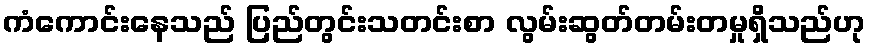
ကံကောင်းနေသည် ပြည်တွင်းသတင်းစာ လွမ်းဆွတ်တမ်းတမှုရှိသည်ဟု